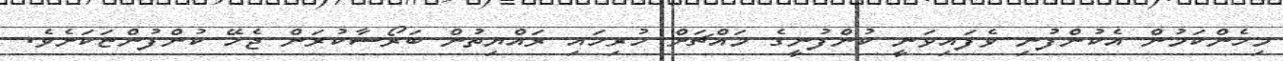
މިހެންކަމުން އެކުންފުނި ވެފައިވަނީ ކުންފުނީގެ މައްޗަށް ހުރިހައި ރައްޔިތުން ބަރޯސާކުރަން ޖެހޭ ކުންފުންޏަކަށެވެ.